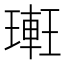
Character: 𨌥